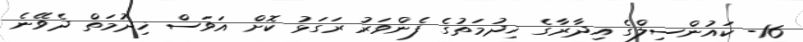
16- ކައުންސިލްގެ އިދާރާގެ ޚިދުމަތުގެ ފެންވަރު ރަގަޅު ކޮށް އަވަސް ޚިދުމަތް ދެވޭނެ